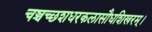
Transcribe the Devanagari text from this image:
चञ्चच्छशधरकलासौधशिखरम्।